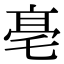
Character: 𠅢